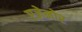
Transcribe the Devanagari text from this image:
एज़ेनोर